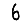
Digit: 6